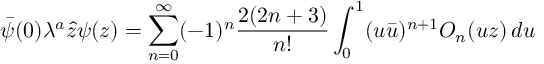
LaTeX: \bar { \psi } ( 0 ) \lambda ^ { a } \hat { z } \psi ( z ) = \sum _ { n = 0 } ^ { \infty } ( - 1 ) ^ { n } \frac { 2 ( 2 n + 3 ) } { n ! } \int _ { 0 } ^ { 1 } ( u \bar { u } ) ^ { n + 1 } { \cal O } _ { n } ( u z ) \, d u